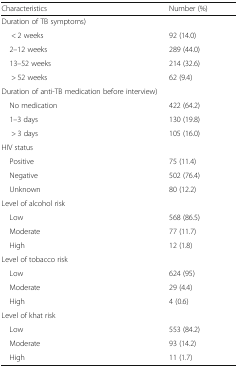
| Characteristics | Number (%) |
 | --- | --- |
 | <COLSPAN=2> Duration of TB symptoms) |
 | < 2 weeks | 92 (14.0) |
 | 2–12 weeks | 289 (44.0) |
 | 13–52 weeks | 214 (32.6) |
 | > 52 weeks | 62 (9.4) |
 | <COLSPAN=2> Duration of anti-TB medication before interview) |
 | No medication | 422 (64.2) |
 | 1–3 days | 130 (19.8) |
 | > 3 days | 105 (16.0) |
 | <COLSPAN=2> HIV status |
 | Positive | 75 (11.4) |
 | Negative | 502 (76.4) |
 | Unknown | 80 (12.2) |
 | <COLSPAN=2> Level of alcohol risk |
 | Low | 568 (86.5) |
 | Moderate | 77 (11.7) |
 | High | 12 (1.8) |
 | <COLSPAN=2> Level of tobacco risk |
 | Low | 624 (95) |
 | Moderate | 29 (4.4) |
 | High | 4 (0.6) |
 | <COLSPAN=2> Level of khat risk |
 | Low | 553 (84.2) |
 | Moderate | 93 (14.2) |
 | High | 11 (1.7) |